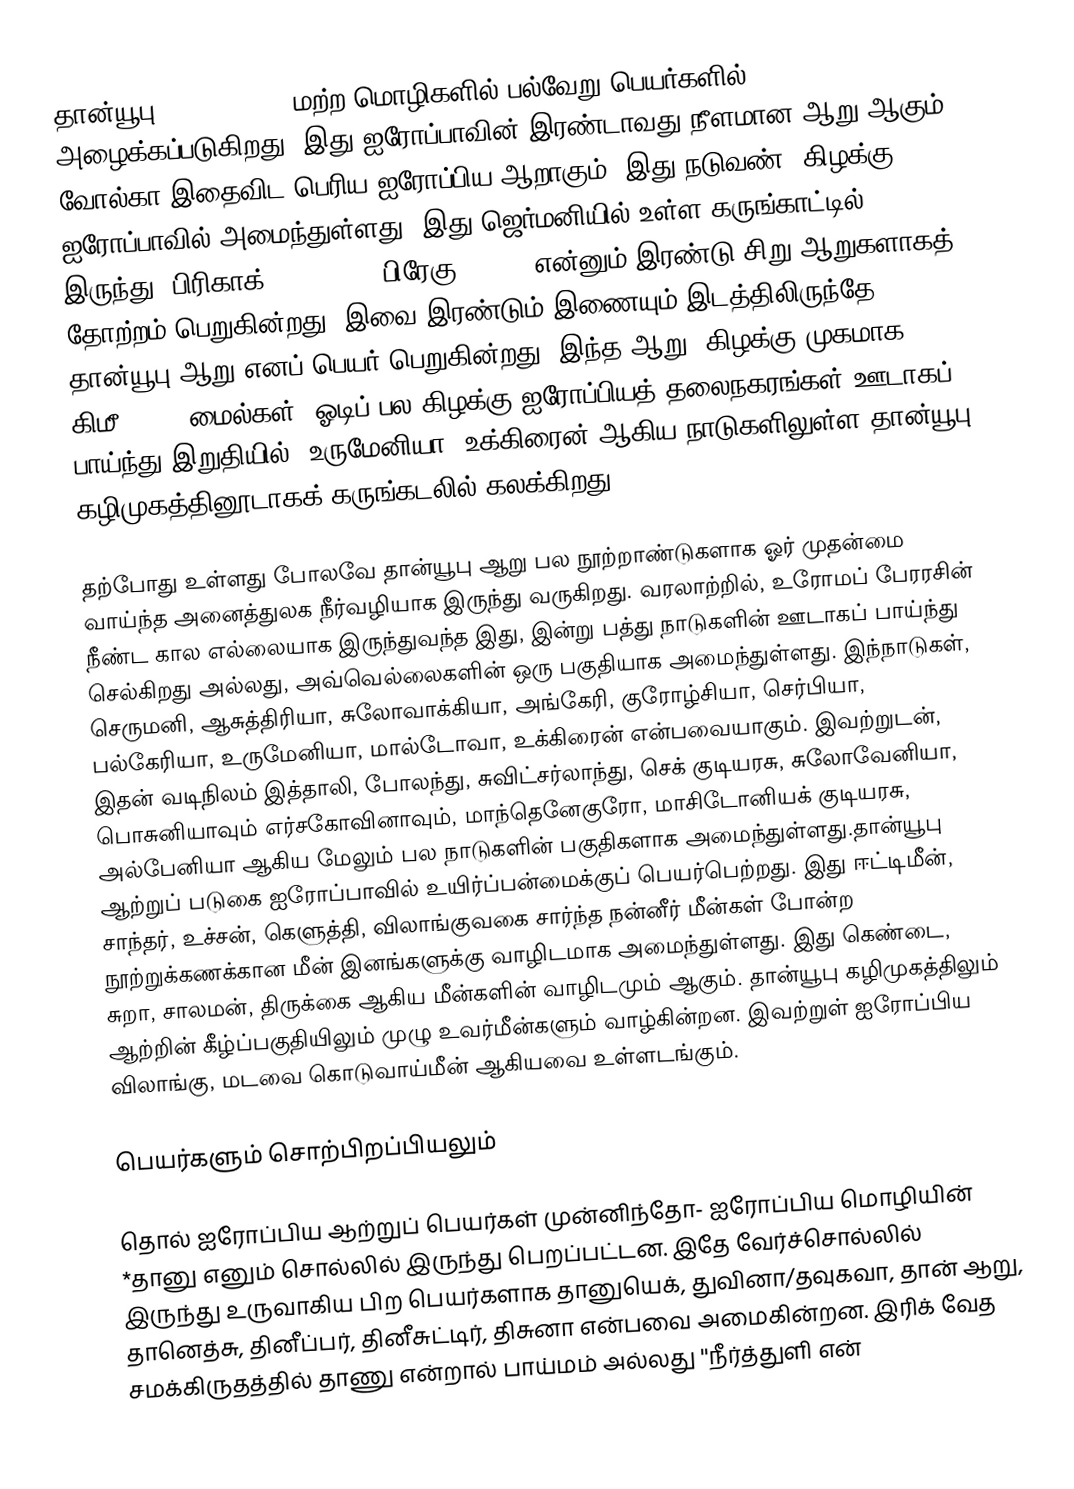
தான்யூபு (Danube) ( , மற்ற மொழிகளில் பல்வேறு பெயர்களில்) அழைக்கப்படுகிறது. இது ஐரோப்பாவின் இரண்டாவது நீளமான ஆறு ஆகும். வோல்கா இதைவிட பெரிய ஐரோப்பிய ஆறாகும். இது நடுவண், கிழக்கு ஐரோப்பாவில் அமைந்துள்ளது. இது ஜெர்மனியில் உள்ள கருங்காட்டில் இருந்து, பிரிகாக் (Brigach), பிரேகு (Breg) என்னும் இரண்டு சிறு ஆறுகளாகத் தோற்றம் பெறுகின்றது. இவை இரண்டும் இணையும் இடத்திலிருந்தே தான்யூபு ஆறு எனப் பெயர் பெறுகின்றது. இந்த ஆறு, கிழக்கு முகமாக 2850 கிமீ (1771 மைல்கள்) ஓடிப் பல கிழக்கு ஐரோப்பியத் தலைநகரங்கள் ஊடாகப் பாய்ந்து இறுதியில், உருமேனியா, உக்கிரைன் ஆகிய நாடுகளிலுள்ள தான்யூபு கழிமுகத்தினூடாகக் கருங்கடலில் கலக்கிறது.

தற்போது உள்ளது போலவே தான்யூபு ஆறு பல நூற்றாண்டுகளாக ஓர் முதன்மை வாய்ந்த அனைத்துலக நீர்வழியாக இருந்து வருகிறது. வரலாற்றில், உரோமப் பேரரசின் நீண்ட கால எல்லையாக இருந்துவந்த இது, இன்று பத்து நாடுகளின் ஊடாகப் பாய்ந்து செல்கிறது அல்லது, அவ்வெல்லைகளின் ஒரு பகுதியாக அமைந்துள்ளது. இந்நாடுகள், செருமனி, ஆசுத்திரியா, சுலோவாக்கியா, அங்கேரி, குரோழ்சியா, செர்பியா, பல்கேரியா, உருமேனியா, மால்டோவா, உக்கிரைன் என்பவையாகும். இவற்றுடன், இதன் வடிநிலம் இத்தாலி, போலந்து, சுவிட்சர்லாந்து, செக் குடியரசு, சுலோவேனியா, பொசுனியாவும் எர்சகோவினாவும், மாந்தெனேகுரோ, மாசிடோனியக் குடியரசு, அல்பேனியா ஆகிய மேலும் பல நாடுகளின் பகுதிகளாக அமைந்துள்ளது.தான்யூபு ஆற்றுப் படுகை ஐரோப்பாவில் உயிர்ப்பன்மைக்குப் பெயர்பெற்றது. இது ஈட்டிமீன், சாந்தர், உச்சன், கெளுத்தி, விலாங்குவகை சார்ந்த நன்னீர் மீன்கள் போன்ற நூற்றுக்கணக்கான மீன் இனங்களுக்கு வாழிடமாக அமைந்துள்ளது. இது கெண்டை, சுறா, சாலமன், திருக்கை ஆகிய மீன்களின் வாழிடமும் ஆகும். தான்யூபு கழிமுகத்திலும் ஆற்றின் கீழ்ப்பகுதியிலும் முழு உவர்மீன்களும் வாழ்கின்றன. இவற்றுள் ஐரோப்பிய விலாங்கு, மடவை கொடுவாய்மீன் ஆகியவை உள்ளடங்கும்.

பெயர்களும் சொற்பிறப்பியலும்

தொல் ஐரோப்பிய ஆற்றுப் பெயர்கள் முன்னிந்தோ- ஐரோப்பிய மொழியின் *தானு எனும் சொல்லில் இருந்து பெறப்பட்டன. இதே வேர்ச்சொல்லில் இருந்து உருவாகிய பிற பெயர்களாக  தானுயெக், துவினா/தவுகவா, தான் ஆறு, தானெத்சு, தினீப்பர், தினீசுட்டிர், திசுனா என்பவை அமைகின்றன. இரிக் வேத சமக்கிருதத்தில் தாணு என்றால் பாய்மம் அல்லது ''நீர்த்துளி என்